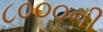
૮૦૦૦ની